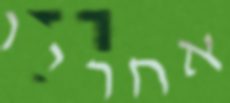
אחריו